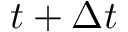
t + \Delta t